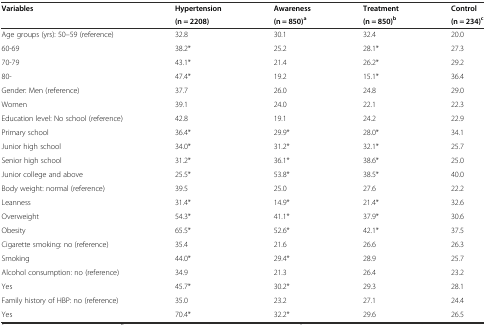
| <ROWSPAN=2> Variables | Hypertension | Awareness | Treatment | Control |
 | (n = 2208) | (n = 850)a | (n = 850)b | (n = 234)c |
 | --- | --- | --- | --- | --- |
 | Age groups (yrs): 50–59 (reference) | 32.8 | 30.1 | 32.4 | 20.0 |
 | 60-69 | 38.2* | 25.2 | 28.1* | 27.3 |
 | 70-79 | 43.1* | 21.4 | 26.2* | 29.2 |
 | 80- | 47.4* | 19.2 | 15.1* | 36.4 |
 | Gender: Men (reference) | 37.7 | 26.0 | 24.8 | 29.0 |
 | Women | 39.1 | 24.0 | 22.1 | 22.3 |
 | Education level: No school (reference) | 42.8 | 19.1 | 24.2 | 22.9 |
 | Primary school | 36.4* | 29.9* | 28.0* | 34.1 |
 | Junior high school | 34.0* | 31.2* | 32.1* | 25.7 |
 | Senior high school | 31.2* | 36.1* | 38.6* | 25.0 |
 | Junior college and above | 25.5* | 53.8* | 38.5* | 40.0 |
 | Body weight: normal (reference) | 39.5 | 25.0 | 27.6 | 22.2 |
 | Leanness | 31.4* | 14.9* | 21.4* | 32.6 |
 | Overweight | 54.3* | 41.1* | 37.9* | 30.6 |
 | Obesity | 65.5* | 52.6* | 42.1* | 37.5 |
 | Cigarette smoking: no (reference) | 35.4 | 21.6 | 26.6 | 26.3 |
 | Smoking | 44.0* | 29.4* | 28.9 | 25.7 |
 | Alcohol consumption: no (reference) | 34.9 | 21.3 | 26.4 | 23.2 |
 | Yes | 45.7* | 30.2* | 29.3 | 28.1 |
 | Family history of HBP: no (reference) | 35.0 | 23.2 | 27.1 | 24.4 |
 | Yes | 70.4* | 32.2* | 29.6 | 26.5 |